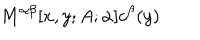
M ^ { \alpha \beta } [ x , y ; A ; \alpha ] c ^ { \beta } ( y )